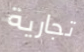
تجارية